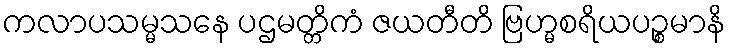
ကလာပသမ္မသနေ ပဌမတ္တိကံ ဇယတီတိ ဗြဟ္မစရိယပဉ္စမာနိ